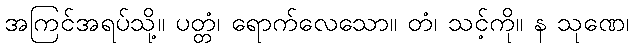
အကြင်အရပ်သို့။ ပတ္တံ၊ ရောက်လေသော။ တံ၊ သင့်ကို။ န သုဏေ၊